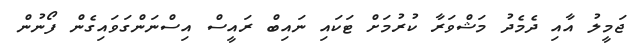
ޖަމީލު އާއި ދެމެދު މަޝްވަރާ ކުރުމަށް ޓަކައި ނައިބް ރައީސް އިސްނަންގަވައިގެން ފޯނުން